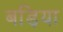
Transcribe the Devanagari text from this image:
बड़िया